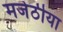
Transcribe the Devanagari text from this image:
मजेठीया